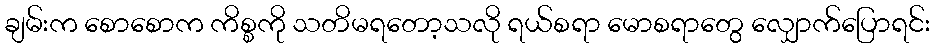
ချမ်းက စောစောက ကိစ္စကို သတိမရတော့သလို ရယ်စရာ မောစရာတွေ လျှောက်ပြောရင်း